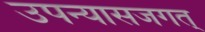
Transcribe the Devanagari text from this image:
उपन्यासजगत्